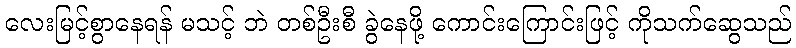
လေးမြင့်စွာနေရန် မသင့် ဘဲ တစ်ဦးစီ ခွဲနေဖို့ ကောင်းကြောင်းဖြင့် ကိုသက်ဆွေသည်